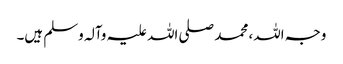
وجہ اللہ، محمد صلی اللہ علیہ وآلہ وسلم ہیں۔